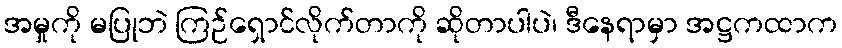
အမှုကို မပြုဘဲ ကြဉ်ရှောင်လိုက်တာကို ဆိုတာပါပဲ၊ ဒီနေရာမှာ အဋ္ဌကထာက